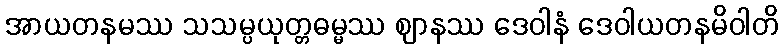
အာယတနမဿ သသမ္ပယုတ္တဓမ္မဿ ဈာနဿ ဒေဝါနံ ဒေဝါယတနမိဝါတိ